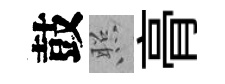
鼓照𮌔